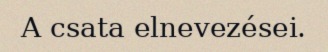
A csata elnevezései.